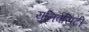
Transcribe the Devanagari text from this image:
युनिर्वसिटी